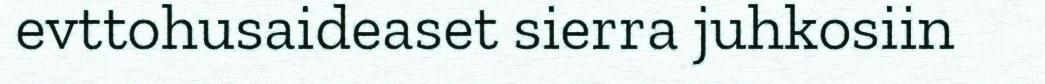
evttohusaideaset sierra juhkosiin